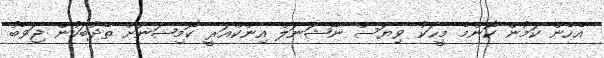
އެހެން ކަމުން ކޮންމެ މީހަކު ވިޔަސް ނޭޝަނަލް އިންކްއަރީ ކޮމިޝަނަށް ތެދުބަހުން ޖަވާބު